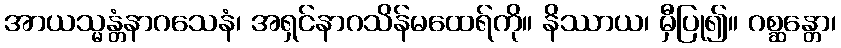
အာယသ္မန္တံနာဂသေနံ၊ အရှင်နာဂသိန်မထေရ်ကို။ နိဿာယ၊ မှီပြု၍။ ဂစ္ဆန္တော၊